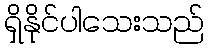
ရှိနိုင်ပါသေးသည်